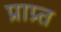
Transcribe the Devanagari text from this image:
प्राप्र्त